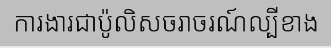
ការងារជាប៉ូលិសចរាចរណ៍ល្បីខាង